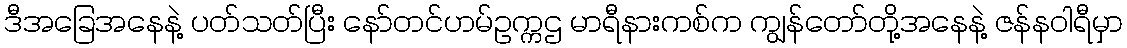
ဒီအခြေအနေနဲ့ ပတ်သတ်ပြီး နော်တင်ဟမ်ဥက္ကဌ မာရီနားကစ်က ကျွန်တော်တို့အနေနဲ့ ဇန်နဝါရီမှာ